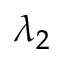
\lambda _ { 2 }